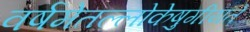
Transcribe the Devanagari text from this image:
वर्षमेतल्लोकेषुगीयते